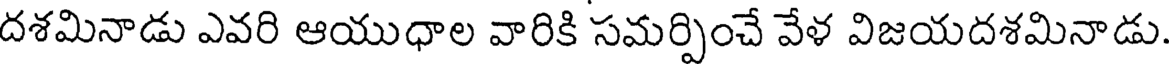
దశమినాడు ఎవరి ఆయుధాల వారికి సమర్పించే వేళ విజయదశమినాడు